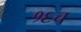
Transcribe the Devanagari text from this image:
१६च